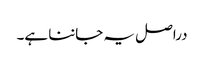
دراصل یہ جاننا ہے۔